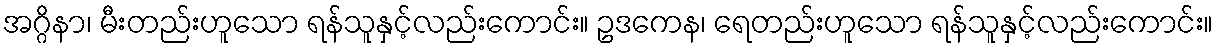
အဂ္ဂိနာ၊ မီးတည်းဟူသော ရန်သူနှင့်လည်းကောင်း။ ဥဒကေန၊ ရေတည်းဟူသော ရန်သူနှင့်လည်းကောင်း။